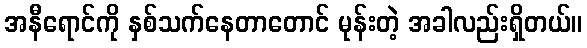
အနီရောင်ကို နှစ်သက်နေတာတောင် မုန်းတဲ့ အခါလည်းရှိတယ်။